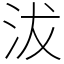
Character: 沷